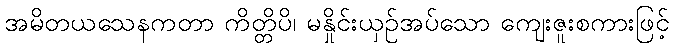
အမိတယသေနကတာ ကိတ္တိပိ၊ မနှိုင်းယှဉ်အပ်သော ကျေးဇူးစကားဖြင့်